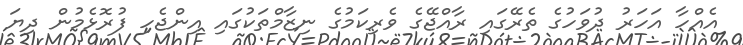
އެއްހާ އަހަރު ދުވަހުގެ ތެރޭގައި ރާއްޖޭގެ ވެރިކަމުގެ ނިޒާމްތަކުގައި އިންޖެހި ފުރޮޅެމުން ދިޔަ